Lunatic asylums Central Provinces reports 1886-1894 - 1886-1894
Year: 1886
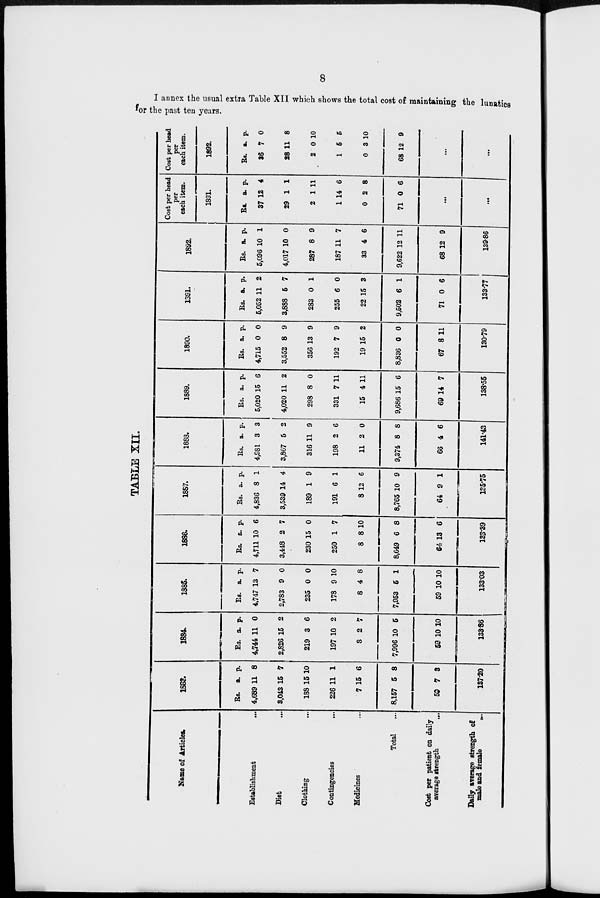
8
I annex the usual extra Table XII which shows the total cost of maintaining the lunatics
for the past ten years.
TABLE XII.
Name of Articles.
Establishment
...
Diet
...
Clothing ...
Contingencies
...
Medicines ...
Total ...
Cost per patient on daily
average strength
...
Daily average strength of
male and female
...
1883.
Rs.
4,689
3,043
188
226
7
8,157
59
a.
11
15
15
11
15
5
7
p.
8
7
10
1
6
8
3
137.20
1884.
Rs.
4,744
2,826
219
197
8
7,996
59
a.
11
15
3
10
2
10
10
p.
0
2
6
2
7
5
10
133.86
1885.
Rs.
4,747
2,783
235
178
8
7,953
59
a.
13
9
0
9
4
5
10
p.
7
0
0
10
8
1
10
133.03
1886.
Rs.
4,711
3,448
230
250
8
8,649
64
a.
10
2
15
1
8
6
13
p.
6
7
0
7
10
8
6
133.39
1887.
Rs.
4,836
3,539
189
191
8
8,765
64
a.
8
14
1
6
12
10
9
p.
1
4
9
1
6
9
1
135.75
1888.
Rs.
4,981
3,867
316
198
11
9,374
66
a.
3
5
11
2
2
8
4
p.
3
2
9
6
0
8
6
141.43
1889.
Rs.
5,020
4,020
298
331
15
9,686
69
a.
15
11
8
7
4
15
14
p.
6
2
0
11
11
6
7
138 .55
1890.
Rs.
4,715
3,552
356
192
19
8,836
67
a.
0
8
13
7
15
0
8
p.
0
9
9
9
2
0
11
130.79
1891.
Rs.
5,052
3,888
283
255
22
9,502
71
a.
11
5
0
6
15
6
0
p.
2
7
1
0
3
1
6
133.77
1892.
Rs.
5,096
4,017
287
187
33
9,622
68
a.
10
10
8
11
4
12
12
p.
1
0
9
7
6
11
9
139.86
Cost per head
per
each item.
1891.
Rs.
37
29
2
1
0
71
a.
12
1
1
14
2
0
p.
4
1
11
6
8
6
...
...
Cost per head
per
each item.
1892.
Rs.
36
28
2
1
0
68
a.
7
11
0
5
3
12
p.
0
8
10
5
10
9
...
...